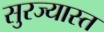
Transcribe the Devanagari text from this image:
सुरज्यास्त